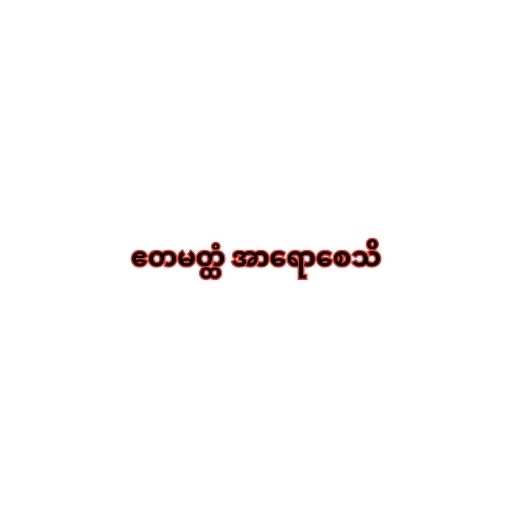
ဧတမတ္ထံ အာရောစေသိ